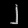
Digit: ၂